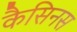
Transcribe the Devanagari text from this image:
कैसिनस